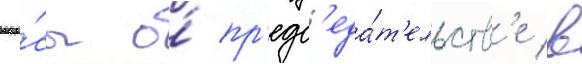
вопро́сы о́ пр'едс'еда́т'ельств'е в